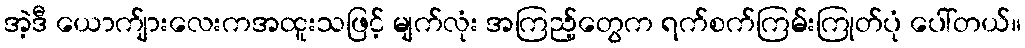
အဲ့ဒီ ယောက်ျားလေးကအထူးသဖြင့် မျက်လုံး အကြည့်တွေက ရက်စက်ကြမ်းကြုတ်ပုံ ပေါ်တယ်။